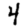
Digit: 4